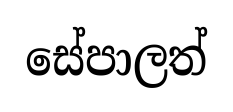
සේපාලත්